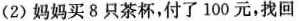
(2)妈妈买8只茶杯，付了100元，找回